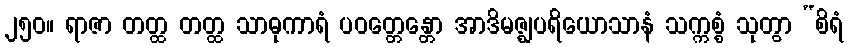
၂၅၀။ ရာဇာ တတ္ထ တတ္ထ သာဓုကာရံ ပဝတ္တေန္တော အာဒိမဇ္ဈပရိယောသာနံ သက္ကစ္စံ သုတွာ “စိရံ